Lunatic asylums in Bengal annual reports 1888-1898 - 1888-1898
Year: 1888
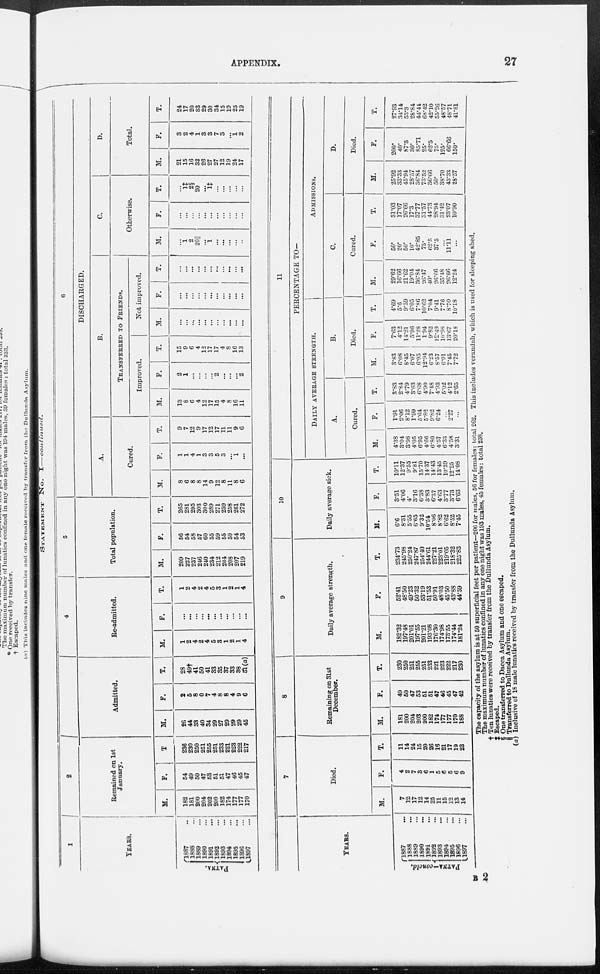
APPENDIX.
27
STATEMENT
No.
I–continued.
1
YEARS.
PATNA.
1887 ...
1888 ...
1889 ...
1890 ...
1891
...
1892 ...
1893 ...
1894 ...
1895
...
1896 ...
1897 ...
2
Remained on 1st
January.
M.
182
181
200
204
202
200
182
174
177
177
170
F.
54
49
50
47
53
51
51
47
46
45
47
T
236
230
250
251
255
251
233
221
223
222
217
3
Admitted.
M.
26
44
33
40
34
29
27
29
29
29
45
F.
2
5
8
0
7
4
8
8
4
9
6
T.
28
49†
41
50
41
33
35
37
33
38
51(a)
4
Re-admitted.
M.
1
2
4
2
4
5
3
1
2
1
4
F.
...
...
...
...
...
...
...
...
...
...
...
T.
1
2
4
2
4
5
3
1
2
1
4
5
Total population.
M.
209
227
237
246
240
234
212
204
208
207
219
F.
56
54
58
57
60
55
59
55
50
54
53
T.
265
281
295
303
300
289
271
259
258
261
272
6
DISCHARGED.
A.
Cured.
M.
8
6
8
8
14
9
12
8
11
8
6
F.
1
1
4
1
3
3
5
3
...
1
...
T.
9
7
12
9
17
12
17
11
11
9
6
B.
TRANSFERRED TO FRIENDS.
Improved.
M.
13
8
6
4
12
17
15
4
8
16
11
F.
2
1
...
...
...
...
2
...
...
...
2
T.
15
9
6
4
12
17
17
4
8
16
13
Not improved.
M.
...
...
...
...
...
...
...
...
...
...
...
F.
...
...
...
...
...
...
...
...
...
...
...
T.
...
...
...
...
...
...
...
...
...
...
...
C.
Otherwise.
M.
...
1 2
20 ||
...
1
...
...
...
...
...
F.
...
...
...
...
...
...
...
...
...
...
...
T.
...
1‡ 2§
20
...
1‡
...
...
...
...
D.
Total.
M.
21
15
16
32
26
27
27
12
19
24
17
F.
3
2
4
1
3
3
7
3
...
1
2
T.
24
17
20
33
29
30
34
15
19
25
19
YEARS.
PATNA-concld.
1887 ...
1888 ...
1889 ...
1890 ...
1891 ...
1892 ...
1893 ...
1894 ...
1895 ...
1896 ...
1897 ...
7
Died.
M.
7
12
17
12
14
25
11
15
12
13
14
F.
4
2
7
3
6
1
5
6
5
6
9
T.
11
14
24
15
20
26
16
21
17
19
23
8
Remaining on 31st
December.
M.
181
200
204
203
200
182
174
177
177
170
188
F.
49
50
47
53
51
51
47
46
45
47
42
T.
230
250
251
255
251 233
221
223
222
217
230
9
Daily average strength.
M.
182.32
197.48
201.01
197.55
201.21 193.08
176.30
174.98
173.55
174.44
181.24
F.
52.41
48.50
49.23
50.32
53.19 51.55
50.91
48.03
45.50
43.88
44.59
T.
234.73
245.98
250.24
247.87
254.40
244.61
227.21
223 01
219.05
218.32
225.83
10
Daily average sick.
M.
6.6
8.31
5.55
6.65
9.32
10.54
8.06 8.82
6.62
8.52
7.45
F.
3.51
4.06
4.
3.16
6.38
3.83
6.37
4.63
3.77
3.73
6.63
T.
10.11
12.37
9.55
9.81
15.70
14.37
14.43
13.45
10.39
12.25
14.08
11
PERCENTAGE TO—
DAILY AVERAGE STRENGTH.
A.
Cured.
M.
4.38
3.04
3.98
4.05
6.95
4.66
6.80
4.57
6.33
4.58
3.31
F.
1.91
2.06
8.12
1.99
5.64
5.82
9.82
6.24
...
2.27
...
T.
3.83
2.84
4.79
3.63
6.68
4.90
7.48
4.93
5.02
4.12
2.65
B.
Died.
M.
3.83
6.08
8.45
6.07
6.93
12.94
6.23
8.57
6.91
7.45
7.72
F.
7.63
4.12
14.21
5.96
11.28
1.94
9.82
12.49
10.98
13.67
20.18
T.
4.69
5.6
9.59
6.05
7.862
10.62
7.04
9.41
7.76
8.70
10.18
ADMISSIONS.
C.
Cured.
M.
29.62
16.66
21.62
19.04
36.84
26.47
40.
26.66
35.48
26.66
12.24
F.
50.
20.
50.
10.
42.85
75.
62.5
37.5
...
11.11
...
T.
31.03
17.07
26.66
17.3
37.77
31.75
44.73
28.94
31.42
23.07
10.90
D.
Died.
M.
25.92
33.33
45.94
28.57
36.52
73.52
36.66
50.
38.70
43.33
28.75
F.
200.
40.
87.5
30.
85.71
25.
62.5
75.
125.
66.66
150
T.
27.93
34.14
53.3
28.84
44.44
68.42
42.10
55.26
48.57
48.71
41.81
The capacity of the asylum is at 50 superficial feet per patient—206 for males, 56 for females: total 262. This includes verandah, which is used for sleeping shed.
The maximum number of lunatics confined in any one night was 193 males, 45 females: total 238.
†Ten lunatics were received by transfer from the Dullunda Asylum.
‡Escaped.
§ One transferred to Dacca Asylum and one escaped.
||Transferred to Dullunda Asylum.
(a) Inclusive of 18 male lunatics received by transfer from the Dullunda Asylum.
B 2